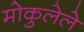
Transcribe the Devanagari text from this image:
मोकुलेले